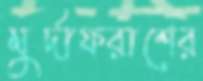
মুর্দাফরাশের